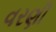
વરણી